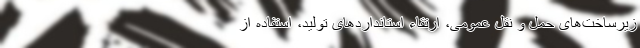
زیرساخت‌های حمل و نقل عمومی،‌ ارتقاء استانداردهای تولید، استفاده از